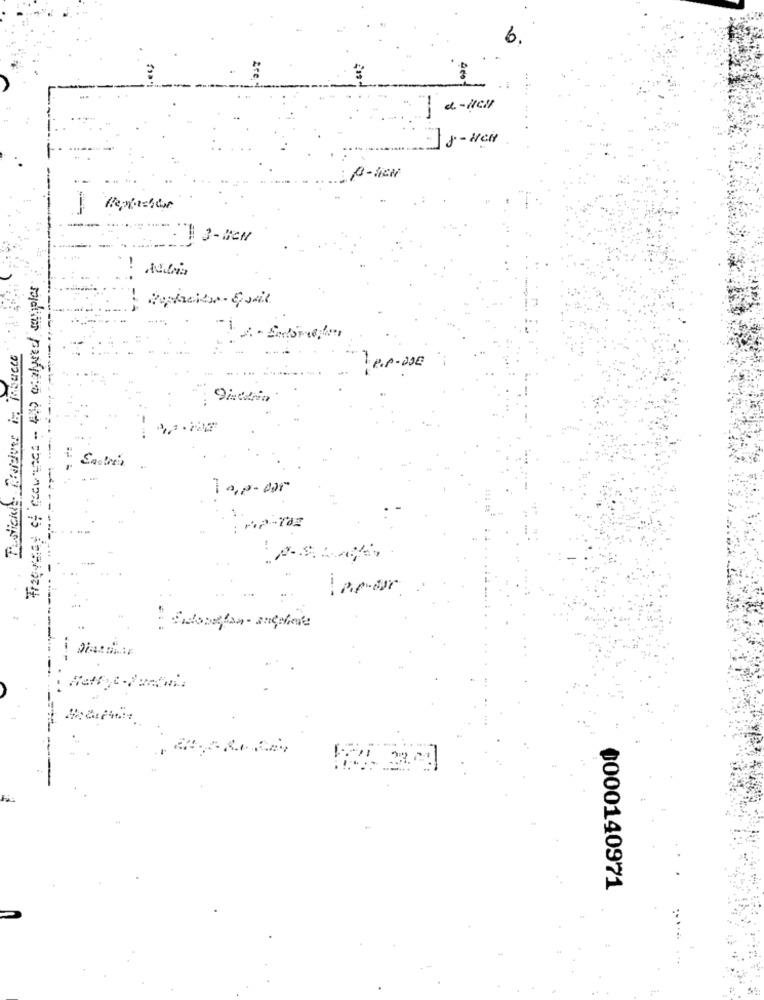
3- BCN
Freerest of recuance- 410 oralyed samples
!
Media
----
Enchris
100000
------
APTO
lamur
Sidstefon- andelene
Hett
0000140971